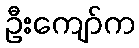
ဦးကျော်က